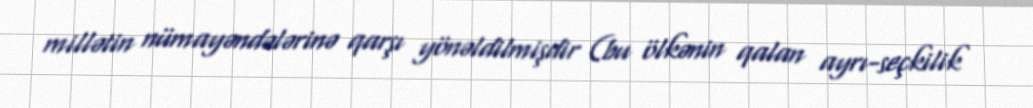
millətin nümayəndələrinə qarşı yönəldilmişdir (bu ölkənin qalan ayrı-seçkilik